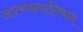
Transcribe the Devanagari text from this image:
आत्मख्यातिवाद